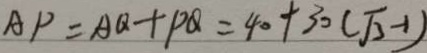
A P = A Q + P Q = 4 0 + 3 0 ( \sqrt { 3 } - 1 )